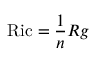
\operatorname { R i c } = { \frac { 1 } { n } } R g